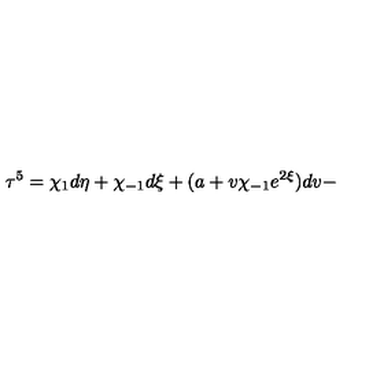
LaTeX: { \bf \tau } ^ { 5 } = \chi _ { 1 } d \eta + \chi _ { - 1 } d \xi + ( a + v \chi _ { - 1 } e ^ { 2 \xi } ) d v -